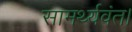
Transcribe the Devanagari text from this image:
सामर्थ्यवंत।